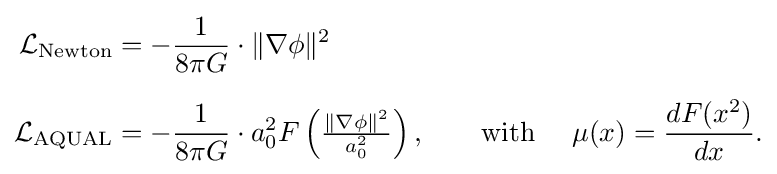
{\begin{aligned}{\mathcal {L}}_{\text{Newton}}&=-{\frac {1}{8\pi G}}\cdot \|\nabla \phi \|^{2}\\[6pt]{\mathcal {L}}_{\text{AQUAL}}&=-{\frac {1}{8\pi G}}\cdot a_{0}^{2}F\left({\tfrac {\|\nabla \phi \|^{2}}{a_{0}^{2}}}\right),\qquad {\text{with }}\quad \mu (x)={\frac {dF(x^{2})}{dx}}.\end{aligned}}